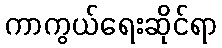
ကာကွယ်ရေးဆိုင်ရာ